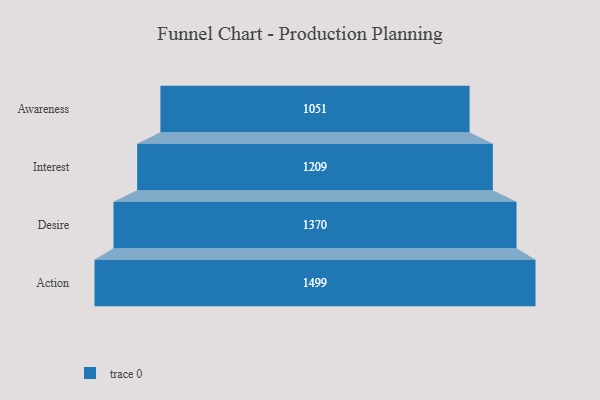
{"axis": {"x": "Stage", "y": "Value"}, "legend": [""], "data": [{"x": "Awareness", "y": 1051.0, "type": ""}, {"x": "Interest", "y": 1209.0, "type": ""}, {"x": "Desire", "y": 1370.0, "type": ""}, {"x": "Action", "y": 1499.0, "type": ""}]}